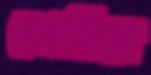
কোমিয়া